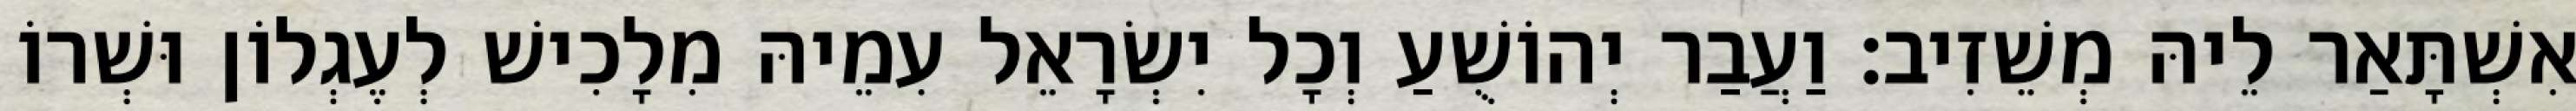
אִשְׁתָּאַר לֵיהּ מְשֵׁזִיב׃ וַעֲבַר יְהוֹשֻׁעַ וְכָל יִשְׂרָאֵל עִמֵיהּ מִלָכִישׁ לְעֶגְלוֹן וּשְׁרוֹ